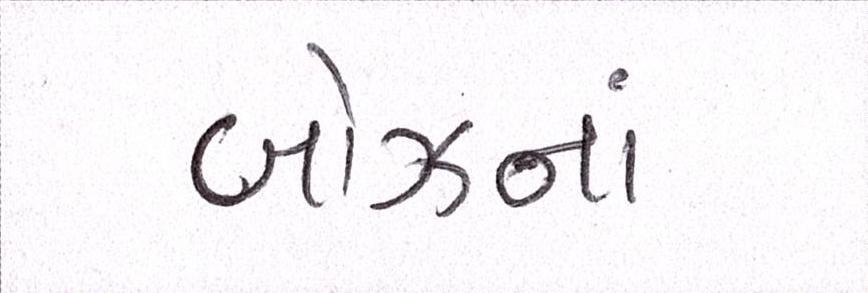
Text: બોઝનાં